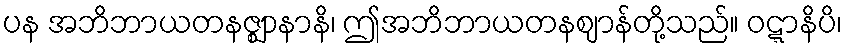
ပန အဘိဘာယတနဇ္ဈာနာနိ၊ ဤအဘိဘာယတနဈာန်တို့သည်။ ဝဋ္ဋာနိပိ၊